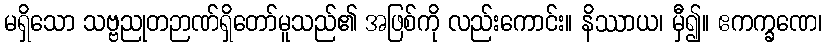
မရှိသော သဗ္ဗညုတဉာဏ်ရှိတော်မူသည်၏ အဖြစ်ကို လည်းကောင်း။ နိဿာယ၊ မှီ၍။ ဧကက္ခဏေ၊